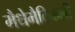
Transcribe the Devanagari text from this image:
मैथेमैटिकली